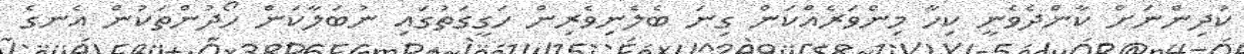
ކުދިންނަށް ކާންދެވެނީ ކިހާ މިންވަރެއްކަން ގިނަ ބެލެނިވެރިން ހަގީގަތުގައި ނުބަލާކަން ހޯދުންތަކުން އެނގެ